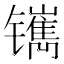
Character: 𰿅